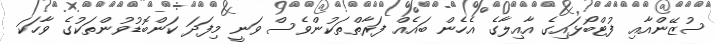
ސުޒޭންއާއި ފުޓްބޯޅައިގެ އާއިލާގެ އެހެން ބައެއް ފަރާތްތަކުންވެސް ވަނީ މިފަދަ ކަންބޮޑުވުންތަކުގެ ވާހަކަ